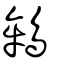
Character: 鴾